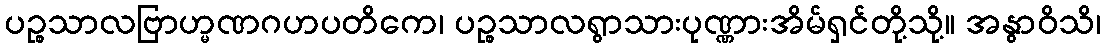
ပဉ္စသာလဗြာဟ္မဏဂဟပတိကေ၊ ပဉ္စသာလရွာသားပုဏ္ဏားအိမ်ရှင်တို့သို့။ အနွာဝိသိ၊